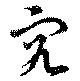
究